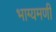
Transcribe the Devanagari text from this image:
भाग्यमणी